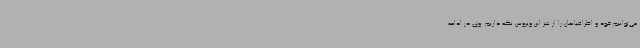
می‌توانیم خود و اطرافیانمان را از شر این ویروس نگه داریم. وی در ادامه